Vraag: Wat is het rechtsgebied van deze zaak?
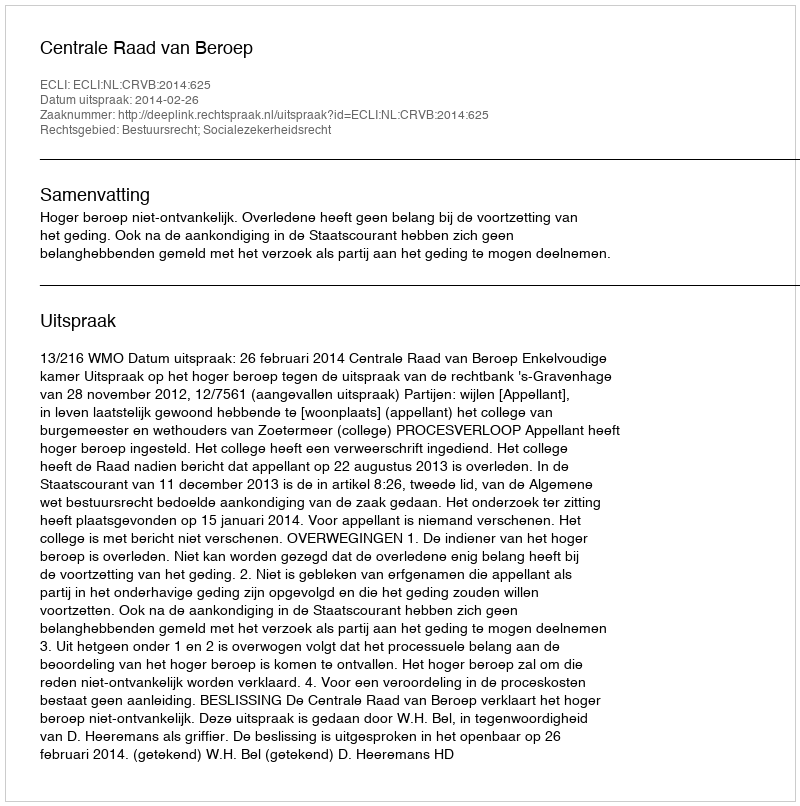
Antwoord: Bestuursrecht; Socialezekerheidsrecht